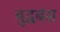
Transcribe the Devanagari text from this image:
बुद्धबंस